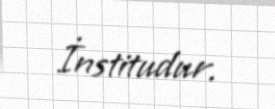
İnstitudur.